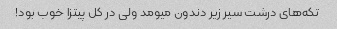
تکه‌های درشت سیر زیر دندون میومد ولی در کل پیتزا خوب بود!